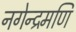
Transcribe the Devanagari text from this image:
नगेन्द्रमणि